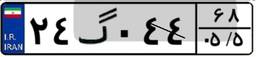
۲۷گ۳۱۶۷۵